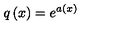
q \left( x \right) = e ^ { a \left( x \right) }